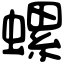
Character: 螺